Annual administration and progress report of the Indian Medical Department, Bombay
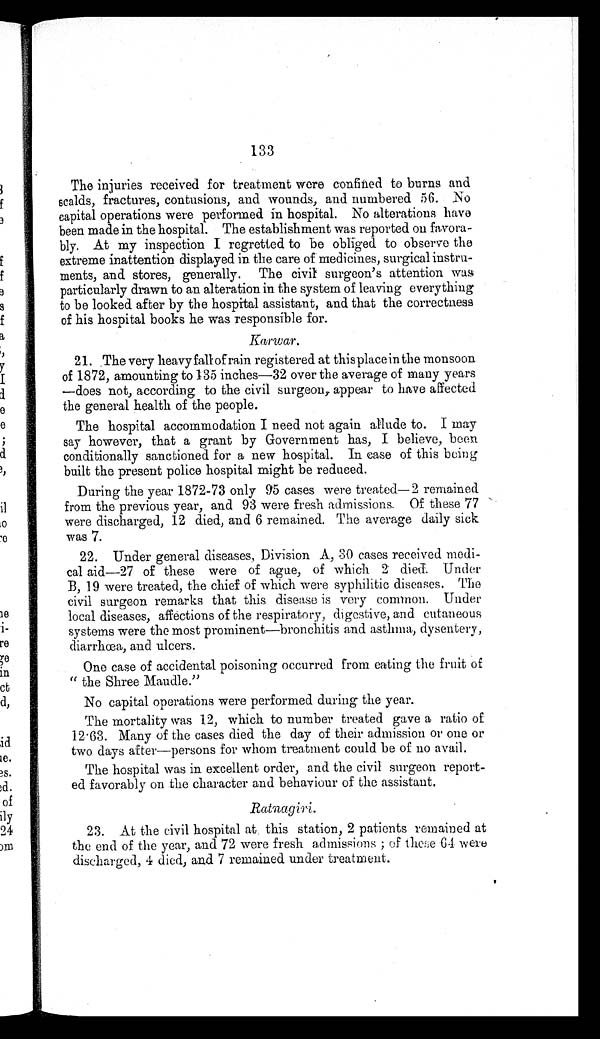
133
The injuries received for treatment were confined to burns and
scalds, fractures, contusions, and wounds, and numbered 56. No
capital operations were performed in hospital. No alterations have
been made in the hospital. The establishment was reported on favora--
bly. At my inspection I regretted to be obliged to observe the
extreme inattention displayed in the care of medicines, surgical instru--
ments, and stores, generally. The civil surgeon's attention was
particularly drawn to an alteration in the system of leaving everything
to be looked after by the hospital assistant, and that the correctness
of his hospital books he was responsible for.
Karwar.
21. The very heavy fall of rain registered at thisplace in the monsoon
of 1872, amounting to 135 inches—32 over the average of many years
— d o e s n o t , a c c o r d i n g t o t h e c i v i l s u r g e o n , a p p e a r t o h a v e a f f e c t e d
the general health of the people.
The hospital accommodation I need not again allude to. I may
say however, that a grant by Government has, I believe, been
conditionally sanctioned for a new hospital. In case of this being
built the present police hospital might be reduced.
During the year 1872-73 only 95 cases were treated—2 remained
from the previous year, and 93 were fresh admissions. Of these 77
were discharged, 12 died, and 6 remained. The average daily sick
was 7.
22. Under general diseases, Division A, 30 cases received medi--
cal aid—27 of these were of ague, of which 2 died. Under
B, 19 were treated, the chief of which were syphilitic diseases. The
civil surgeon remarks that this disease is very common. Under
local diseases, affections of the respiratory, digestive, and cutaneous
systems were the most prominent—bronchitis and asthma, dysentery,
diarrhœa, and ulcers.
One case of accidental poisoning occurred from eating the fruit of
" the Shree Maudle."
No capital operations were performed during the year.
The mortality was 12, which to number treated gave a ratio of
12.63. Many of the cases died the day of their admission or one or
two days after—persons for whom treatment could be of no avail.
The hospital was in excellent order, and the civil surgeon report--
ed favorably on the character and behaviour of the assistant.
Ratnagiri.
23. At the civil hospital at this station, 2 patients remained at
the end of the year, and 72 were fresh admissions; of these 64 were
discharged, 4 died, and 7 remained under treatment.